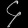
Digit: ၄